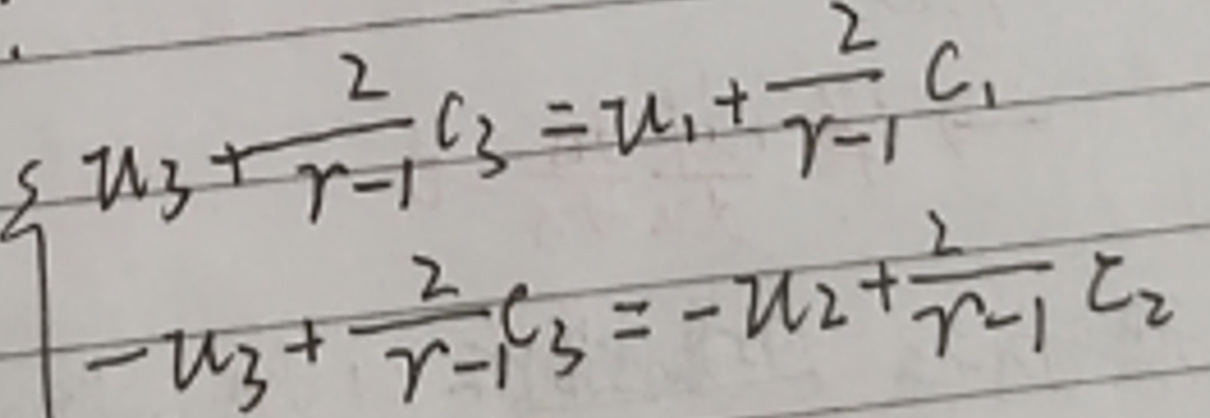
\begin{align*}
    s u_3 + \frac{2}{r - 1}c_3 &= u_1 + \frac{2}{r - 1}c_1\\
    -u_3 + \frac{2}{r - 1}c_3 &= -u_2 + \frac{2}{r - 1}c_2
\end{align*}